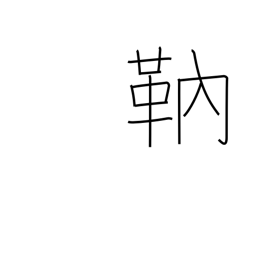
Meaning: archer's arm protector